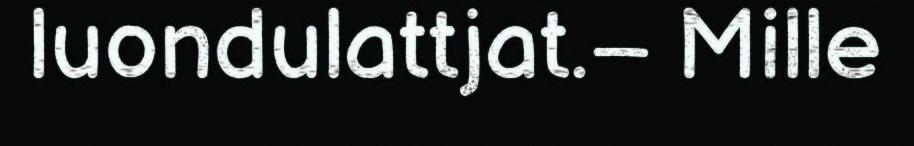
luondulattjat.– Mille